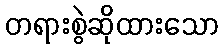
တရားစွဲဆိုထားသော